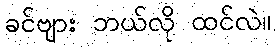
ခင်ဗျား ဘယ်လို ထင်လဲ။